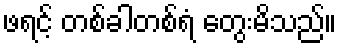
ဖရင့် တစ်ခါတစ်ရံ တွေးမိသည်။